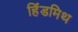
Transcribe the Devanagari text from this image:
हिंडमिथ